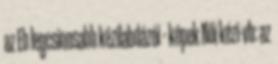
az Eb legcsinosabb kézilabdázói – képek Női kézi-vb: az